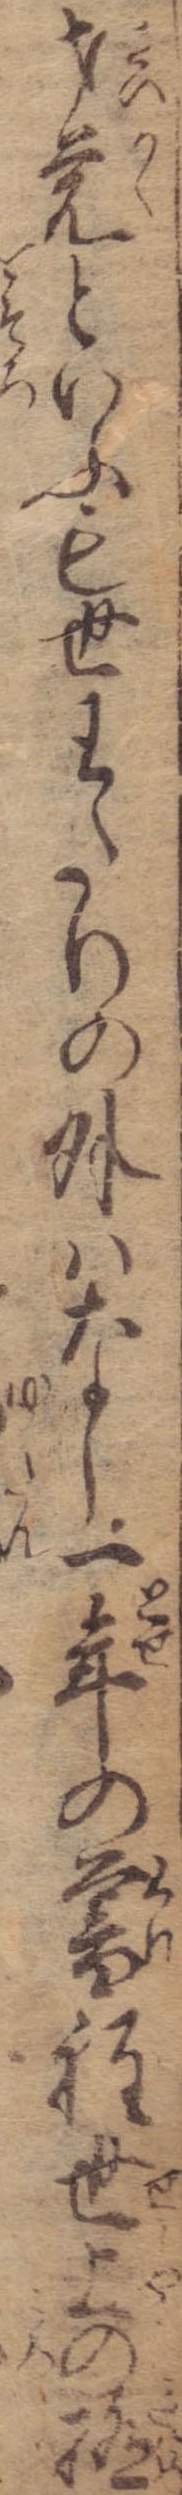
才覚といふも世わたりの外はなし一年の暮程世上の極